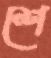
শে